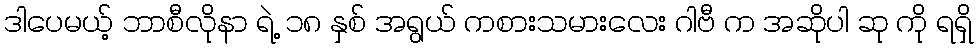
ဒါပေမယ့် ဘာစီလိုနာ ရဲ့ ၁၈ နှစ် အရွယ် ကစားသမားလေး ဂါဗီ က အဆိုပါ ဆု ကို ရရှိ